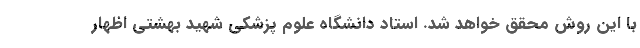
با این روش محقق خواهد شد. استاد دانشگاه علوم پزشکی شهید بهشتی اظهار